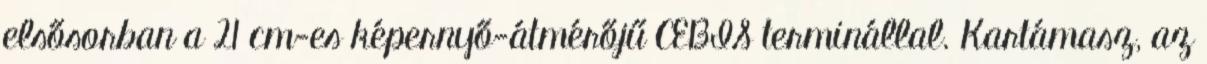
elsősorban a 21 cm-es képernyő-átmérőjű CEBIS terminállal. Kartámasz, az